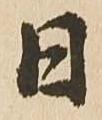
日